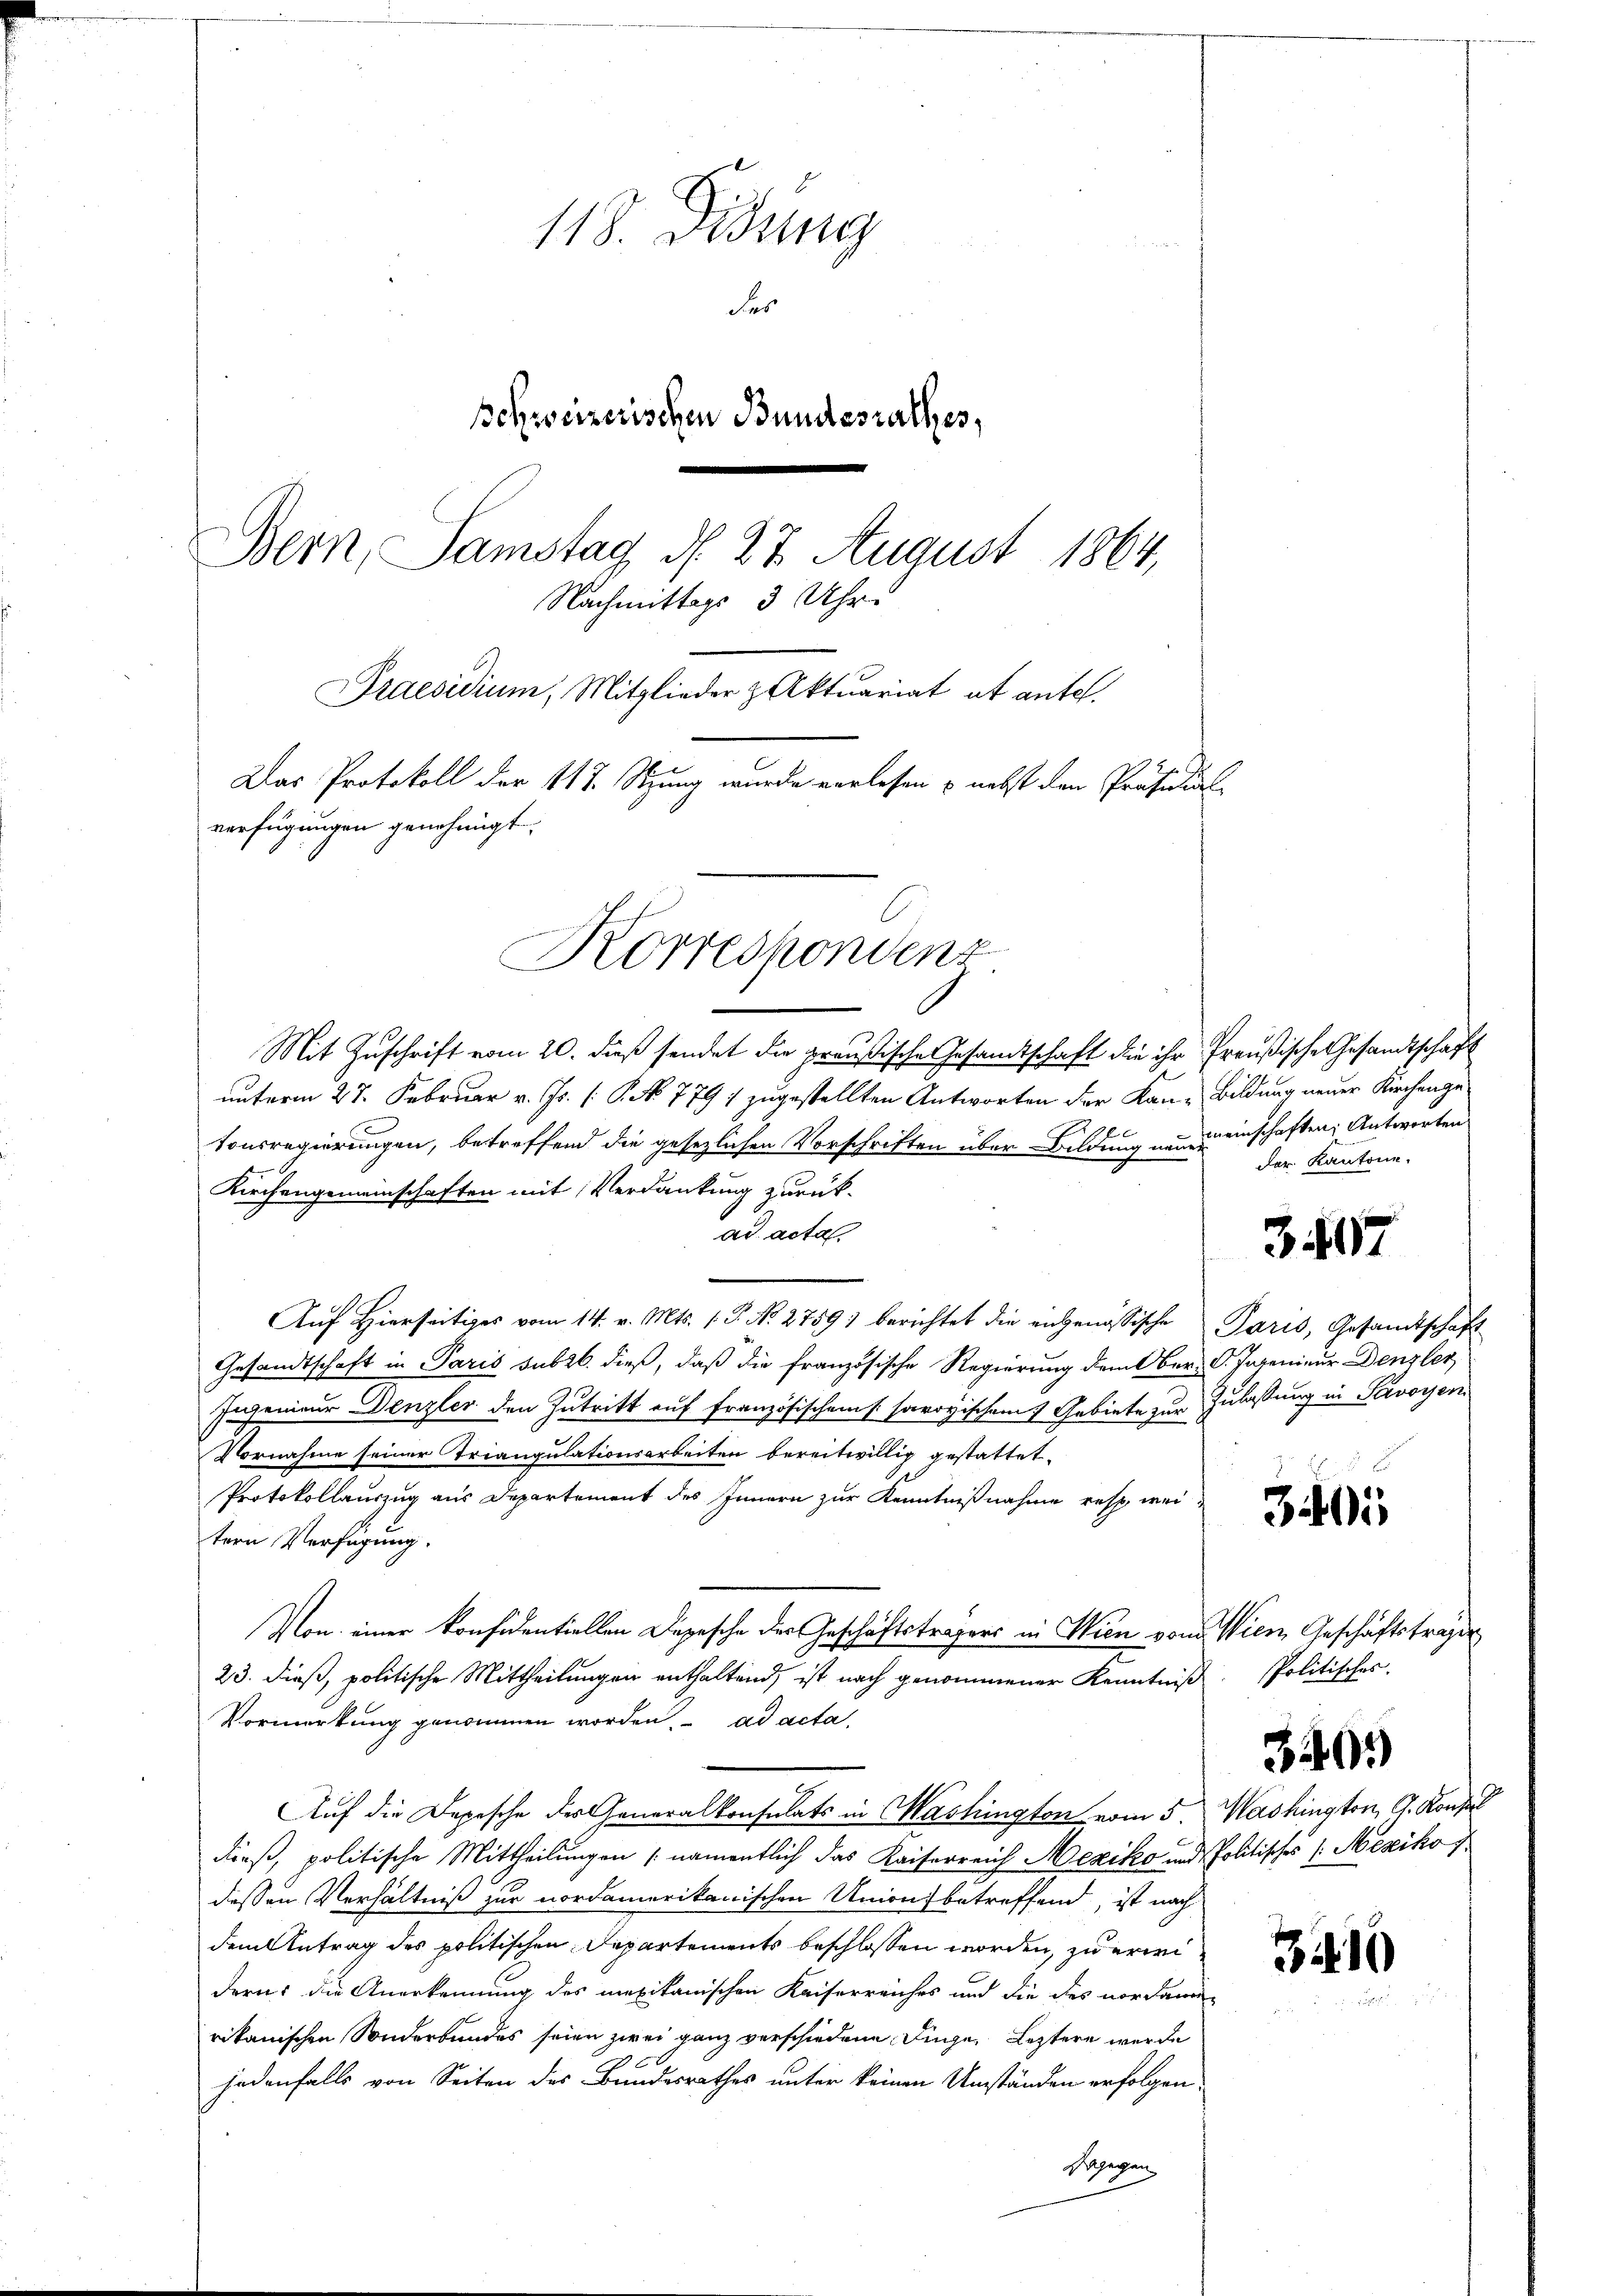
118. Didung
Fes
schweizerischen Bundesrathes,
Bern, Samstag d. 23 August 1864,
Nachmittags 3 Uhr.
Praesidium, Mitglieder & Aktuariat et antel.
Das Protokoll der 117. Sitzung wurde verlesen & nebst den Präsidial-
verfügungen genehmigt.

Korrespondenz

Mit Zuschrift vom 20. dieß sendet die preußische Gesandtschaft die ihr freußische Gesandtschaft
unterm 27. Februar v. Js. [S. No. 779 7 zugestellten Antworten der Kan-Bildung neuer Kirchengel
tonsregierungen, betreffend die gesezlichen Vorschriften über Bildung neuen einschaften; Antworten
Kirchengemeinschaften mit Verdankung zurück-
ad acta.
Auf Hierseitiges vom 14. v. Mts. (T. No. 2759) berichtet die eingenössische Paris, Gesandtschaft
Gesandtschaft in Paris subzb. dieß, daß die französische Regierung dem Ober-C. Ingenieur Denzler
Ingenieur Denzler den Zutritt auf französischen savoyischen 7 Gebiete zur Zulassung in Savoyen
Vornahme seiner Triangulationsarbeiten bereitwillig gestattet.
Protokollauszug aus Departement des Innern zur Kenntnißnahme resp. weitern Verfügung.
Von einer konfidentiellen Depesche der Geschäftsträgers in Wien von Wien Geschäftsträger
23. dieß, politische Mittheilungen enthaltend, ist nach genommener Kenntniß Politisches.
Vormerkung genommen worden, ad acta,
Auf die Depesche des Generalkonsulats in Washington vom 5. Washington, G. Konz
dieß, politische Mittheilungen (namentlich das Kaiserreich Mexiko und Politisches (Mexiko f
dessen Verhältniß zur nordamerikanischen Unionsbetreffend, ist nach
dem Antrag des politischen Departements beschlossen worden, zu erweidern: die Anerkennung des mexikanischen Kaiserreiches und die dies nordamen
rikanischen Sonderbundes seien zwei ganz verschiedene Dinge, Leztere werde
jedenfalls von Seiten des Bundesrathes unter keinen Umständen erfolgen.
sgegen

der Kantone.

307

31015

301)

310